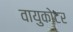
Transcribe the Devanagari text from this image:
वायुकोटर